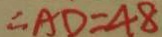
\therefore A D = 4 8